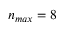
n _ { m a x } = 8